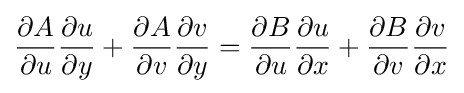
{\frac {\partial A}{\partial u}}{\frac {\partial u}{\partial y}}+{\frac {\partial A}{\partial v}}{\frac {\partial v}{\partial y}}={\frac {\partial B}{\partial u}}{\frac {\partial u}{\partial x}}+{\frac {\partial B}{\partial v}}{\frac {\partial v}{\partial x}}